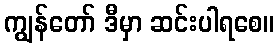
ကျွန်တော် ဒီမှာ ဆင်းပါရစေ။